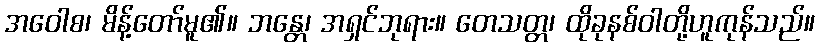
အဝေါစ၊ မိန့်တော်မူ၏။ ဘန္တေ၊ အရှင်ဘုရား။ တေသတ္တ၊ ထိုခုနစ်ဝါတို့ဟူကုန်သည်။